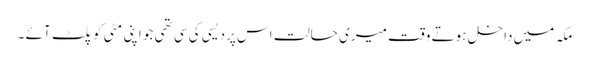
مکہ میں داخل ہوتے وقت میری حالت اس پردیسی کی سی تھی جو اپنی مٹی کوپلٹ آئے ۔